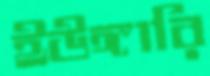
ইউঙ্গারি